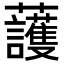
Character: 𧅰